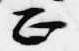
正